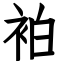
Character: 袙